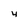
Character: 4